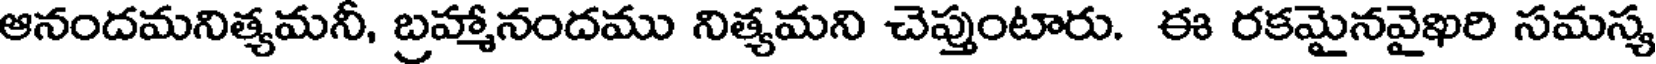
ఆనందమనిత్యమనీ, బ్రహ్మానందము నిత్యమని చెప్తుంటారు. ఈ రకమైనవైఖరి సమస్య